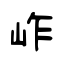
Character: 岞